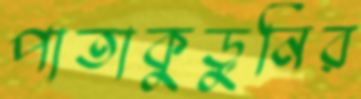
পাতাকুড়ুনির